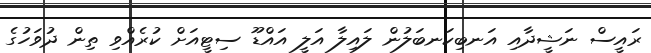
ރައީސް ނަޝީދާއި އަނބިކަނބަލުން ލައިލާ އަލީ އައްޑޫ ސިޓީއަށް ކުރެއްވި ތިން ދުވަހުގެ